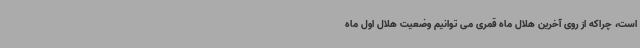
است، چراکه از روی آخرین هلال ماه قمری می توانیم وضعیت هلال اول ماه